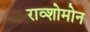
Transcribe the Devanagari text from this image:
राव्शोमोन